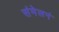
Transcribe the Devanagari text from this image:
संमेलनं